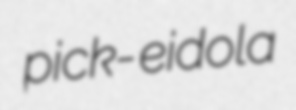
pick- eidola